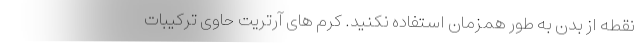
نقطه از بدن به طور همزمان استفاده نکنید. کرم های آرتریت حاوی ترکیبات